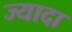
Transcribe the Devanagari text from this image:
ज्यादा